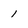
Character: 1